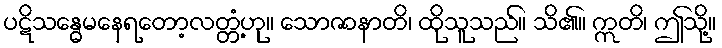
ပဋိသန္ဓေမနေရတော့လတ္တံ့ဟု။ သောဇာနာတိ၊ ထိုသူသည်။ သိ၏။ ဣတိ၊ ဤသို့။